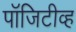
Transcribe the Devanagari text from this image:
पॉजिटीव्ह